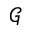
\mathcal G